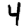
Digit: 4